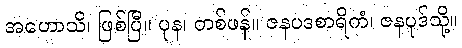
အဟောသိ၊ ဖြစ်ပြီ။ ပုန၊ တစ်ဖန်။ ဇနပဒစာရိကံ၊ ဇနပုဒ်သို့။